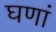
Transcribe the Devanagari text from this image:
घणां